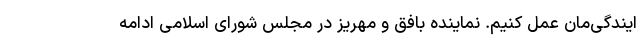
ایندگی‌مان عمل کنیم. نماینده بافق و مهریز در مجلس شورای اسلامی ادامه